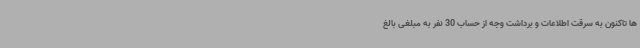
ها تاکنون به سرقت اطلاعات و برداشت وجه از حساب 30 نفر به مبلغی بالغ